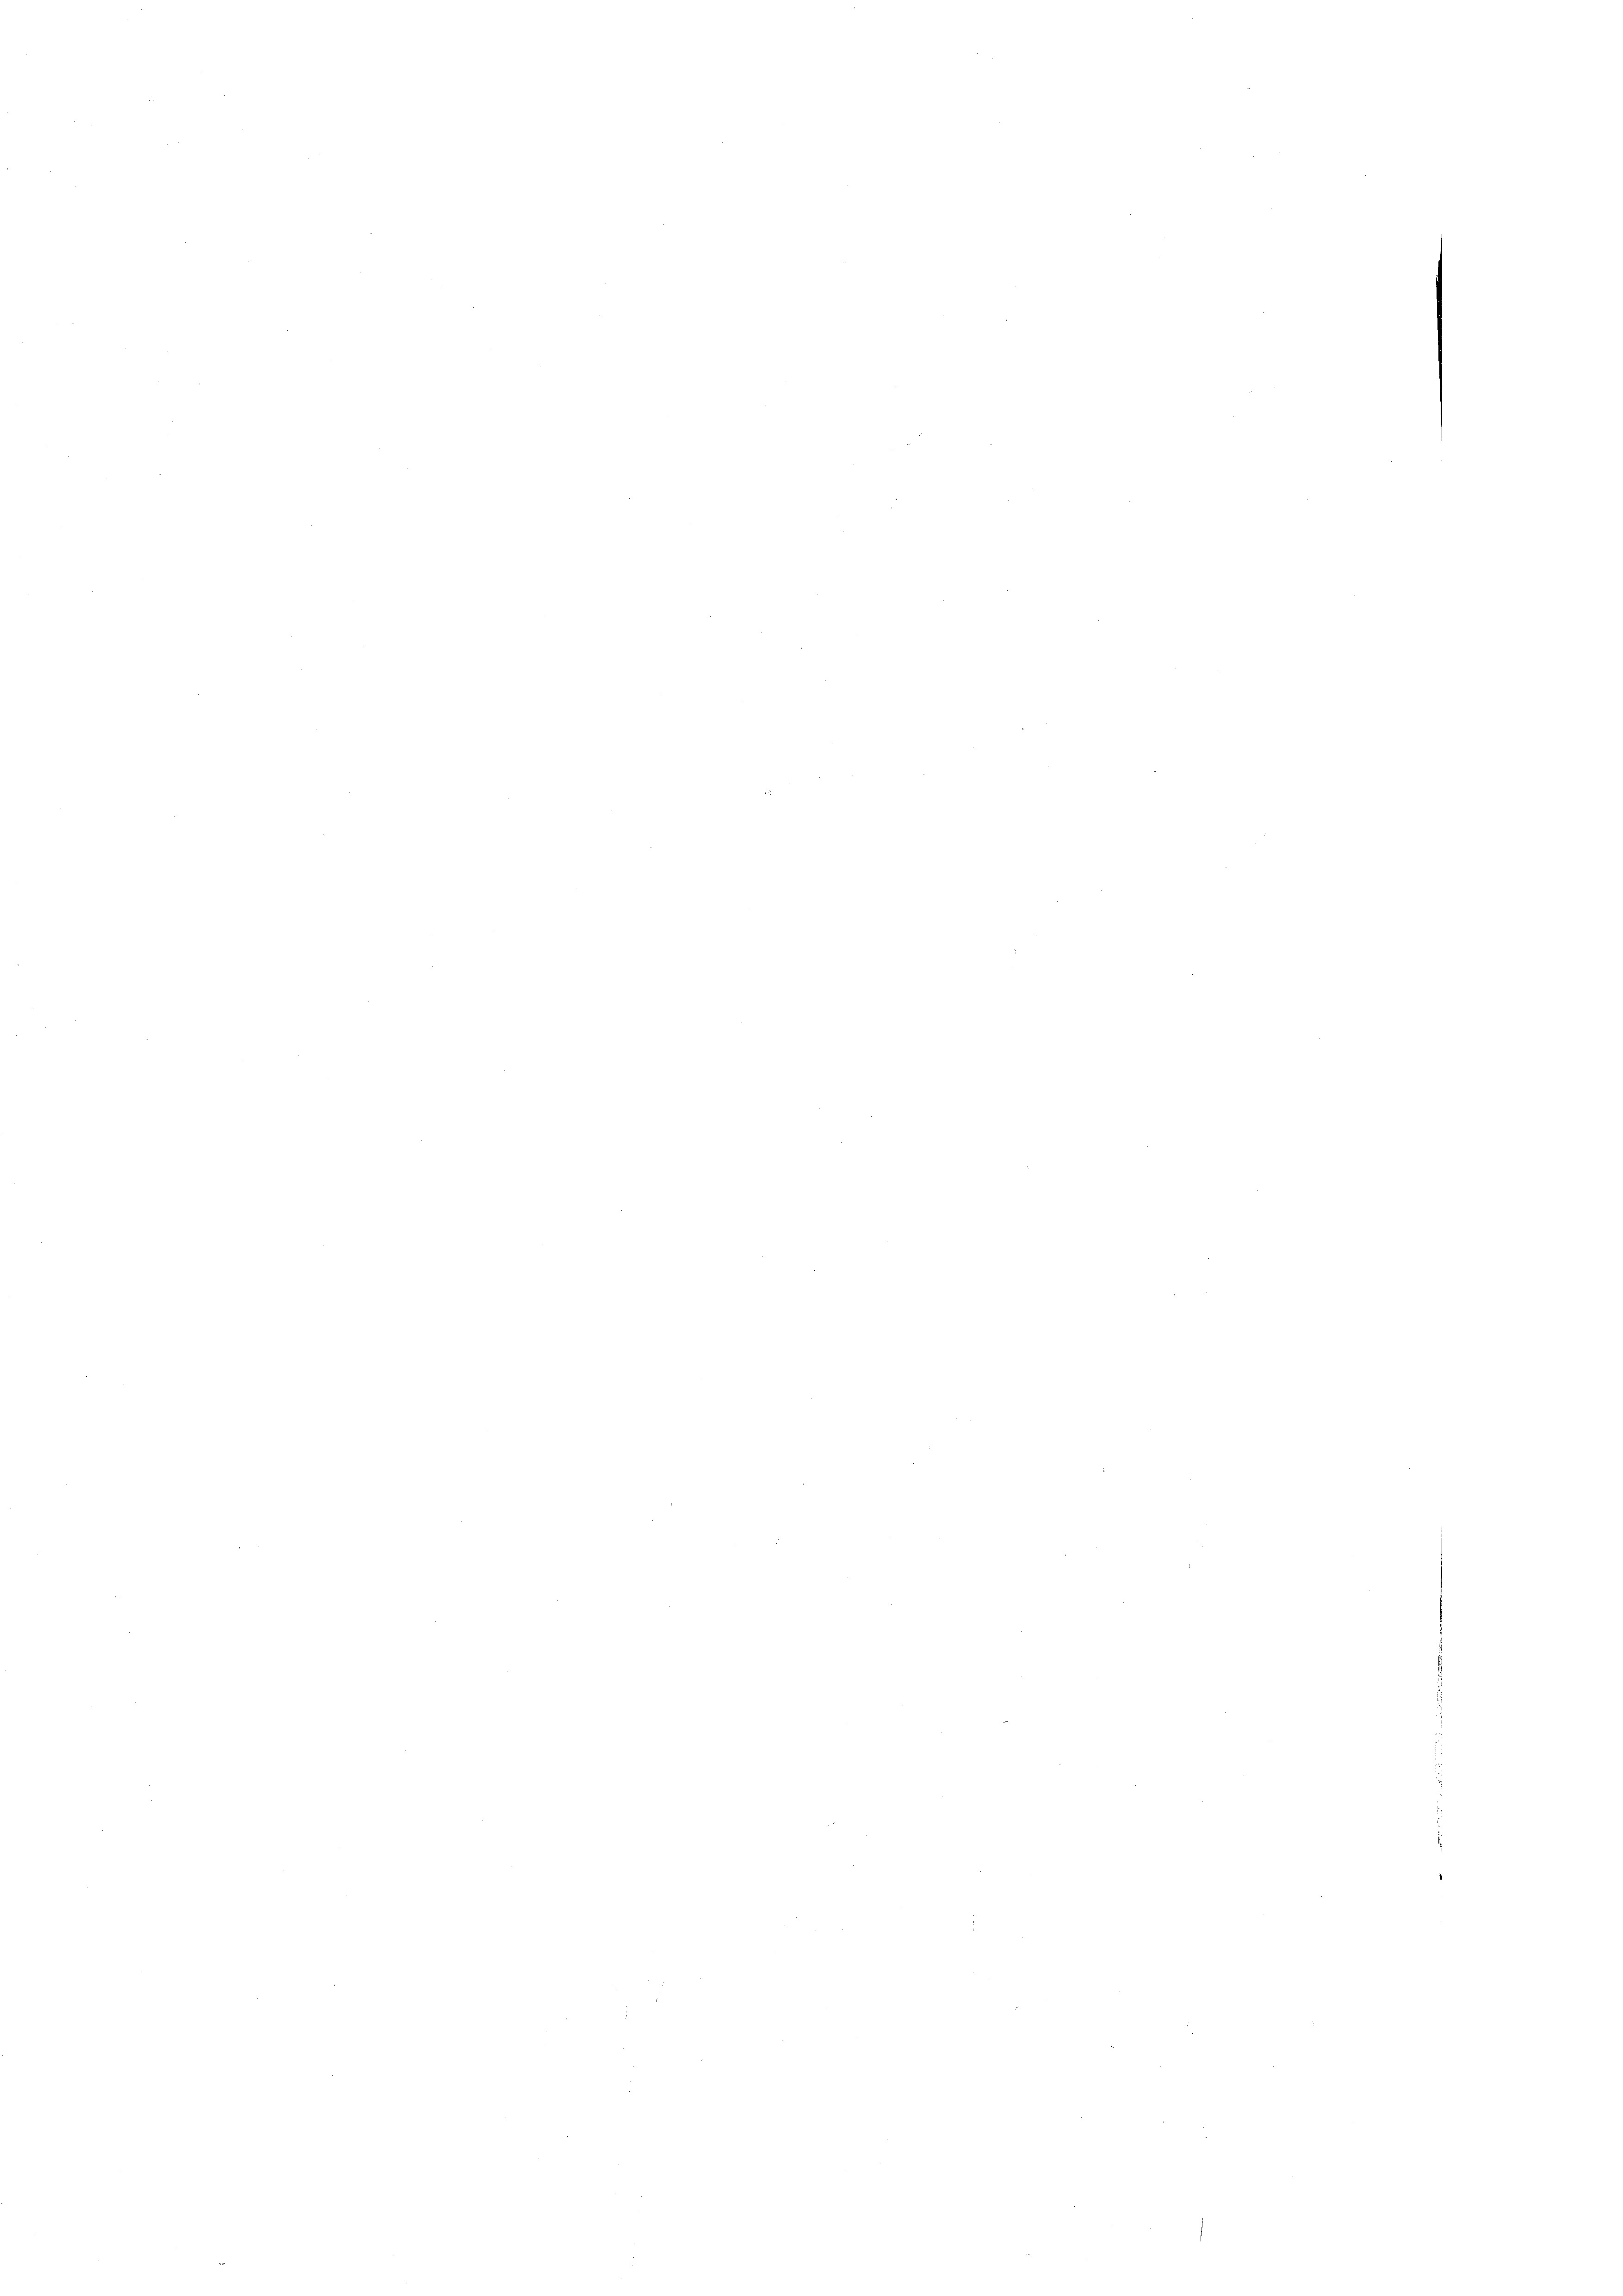
e

.

1

e

e

e